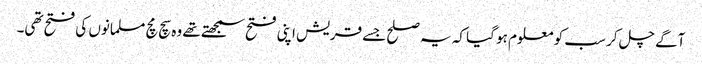
آگے چل کر سب کو معلوم ہو گیا کہ یہ صلح جسے قریش اپنی فتح سمجھتے تھے وہ سچ مچ مسلمانوں کی فتح تھی۔